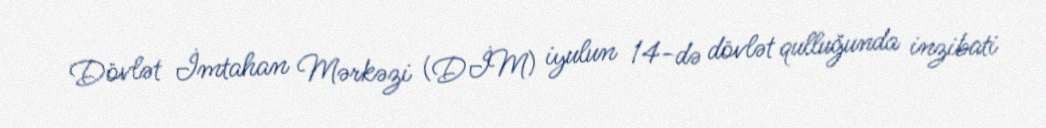
Dövlət İmtahan Mərkəzi (DİM) iyulun 14-də dövlət qulluğunda inzibati